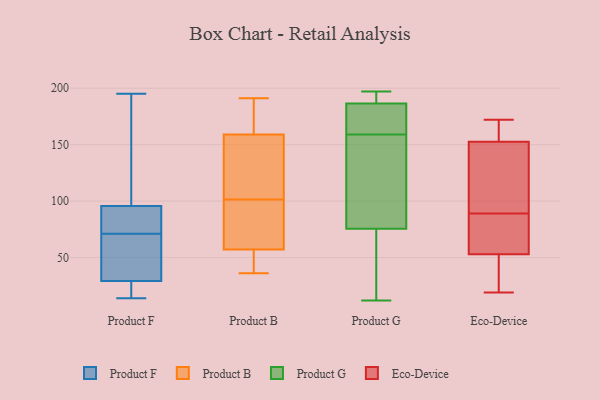
{"axis": {"x": "Budget (USD K)", "y": "Value"}, "legend": ["Eco-Device", "Product B", "Product F", "Product G"], "data": [{"x": "", "y": 61, "type": "Product F"}, {"x": "", "y": 15, "type": "Product F"}, {"x": "", "y": 86, "type": "Product F"}, {"x": "", "y": 75, "type": "Product F"}, {"x": "", "y": 22, "type": "Product F"}, {"x": "", "y": 14, "type": "Product F"}, {"x": "", "y": 79, "type": "Product F"}, {"x": "", "y": 195, "type": "Product F"}, {"x": "", "y": 103, "type": "Product F"}, {"x": "", "y": 33, "type": "Product F"}, {"x": "", "y": 80, "type": "Product F"}, {"x": "", "y": 169, "type": "Product F"}, {"x": "", "y": 71, "type": "Product F"}, {"x": "", "y": 26, "type": "Product F"}, {"x": "", "y": 50, "type": "Product F"}, {"x": "", "y": 29, "type": "Product F"}, {"x": "", "y": 121, "type": "Product F"}, {"x": "", "y": 99, "type": "Product F"}, {"x": "", "y": 30, "type": "Product F"}, {"x": "", "y": 103, "type": "Product B"}, {"x": "", "y": 57, "type": "Product B"}, {"x": "", "y": 191, "type": "Product B"}, {"x": "", "y": 100, "type": "Product B"}, {"x": "", "y": 36, "type": "Product B"}, {"x": "", "y": 159, "type": "Product B"}, {"x": "", "y": 57, "type": "Product B"}, {"x": "", "y": 157, "type": "Product B"}, {"x": "", "y": 178, "type": "Product B"}, {"x": "", "y": 54, "type": "Product B"}, {"x": "", "y": 65, "type": "Product G"}, {"x": "", "y": 110, "type": "Product G"}, {"x": "", "y": 107, "type": "Product G"}, {"x": "", "y": 159, "type": "Product G"}, {"x": "", "y": 191, "type": "Product G"}, {"x": "", "y": 182, "type": "Product G"}, {"x": "", "y": 45, "type": "Product G"}, {"x": "", "y": 12, "type": "Product G"}, {"x": "", "y": 188, "type": "Product G"}, {"x": "", "y": 173, "type": "Product G"}, {"x": "", "y": 189, "type": "Product G"}, {"x": "", "y": 175, "type": "Product G"}, {"x": "", "y": 131, "type": "Product G"}, {"x": "", "y": 21, "type": "Product G"}, {"x": "", "y": 197, "type": "Product G"}, {"x": "", "y": 19, "type": "Eco-Device"}, {"x": "", "y": 36, "type": "Eco-Device"}, {"x": "", "y": 160, "type": "Eco-Device"}, {"x": "", "y": 147, "type": "Eco-Device"}, {"x": "", "y": 55, "type": "Eco-Device"}, {"x": "", "y": 59, "type": "Eco-Device"}, {"x": "", "y": 81, "type": "Eco-Device"}, {"x": "", "y": 92, "type": "Eco-Device"}, {"x": "", "y": 154, "type": "Eco-Device"}, {"x": "", "y": 172, "type": "Eco-Device"}, {"x": "", "y": 89, "type": "Eco-Device"}, {"x": "", "y": 152, "type": "Eco-Device"}, {"x": "", "y": 156, "type": "Eco-Device"}, {"x": "", "y": 124, "type": "Eco-Device"}, {"x": "", "y": 27, "type": "Eco-Device"}, {"x": "", "y": 85, "type": "Eco-Device"}, {"x": "", "y": 47, "type": "Eco-Device"}]}